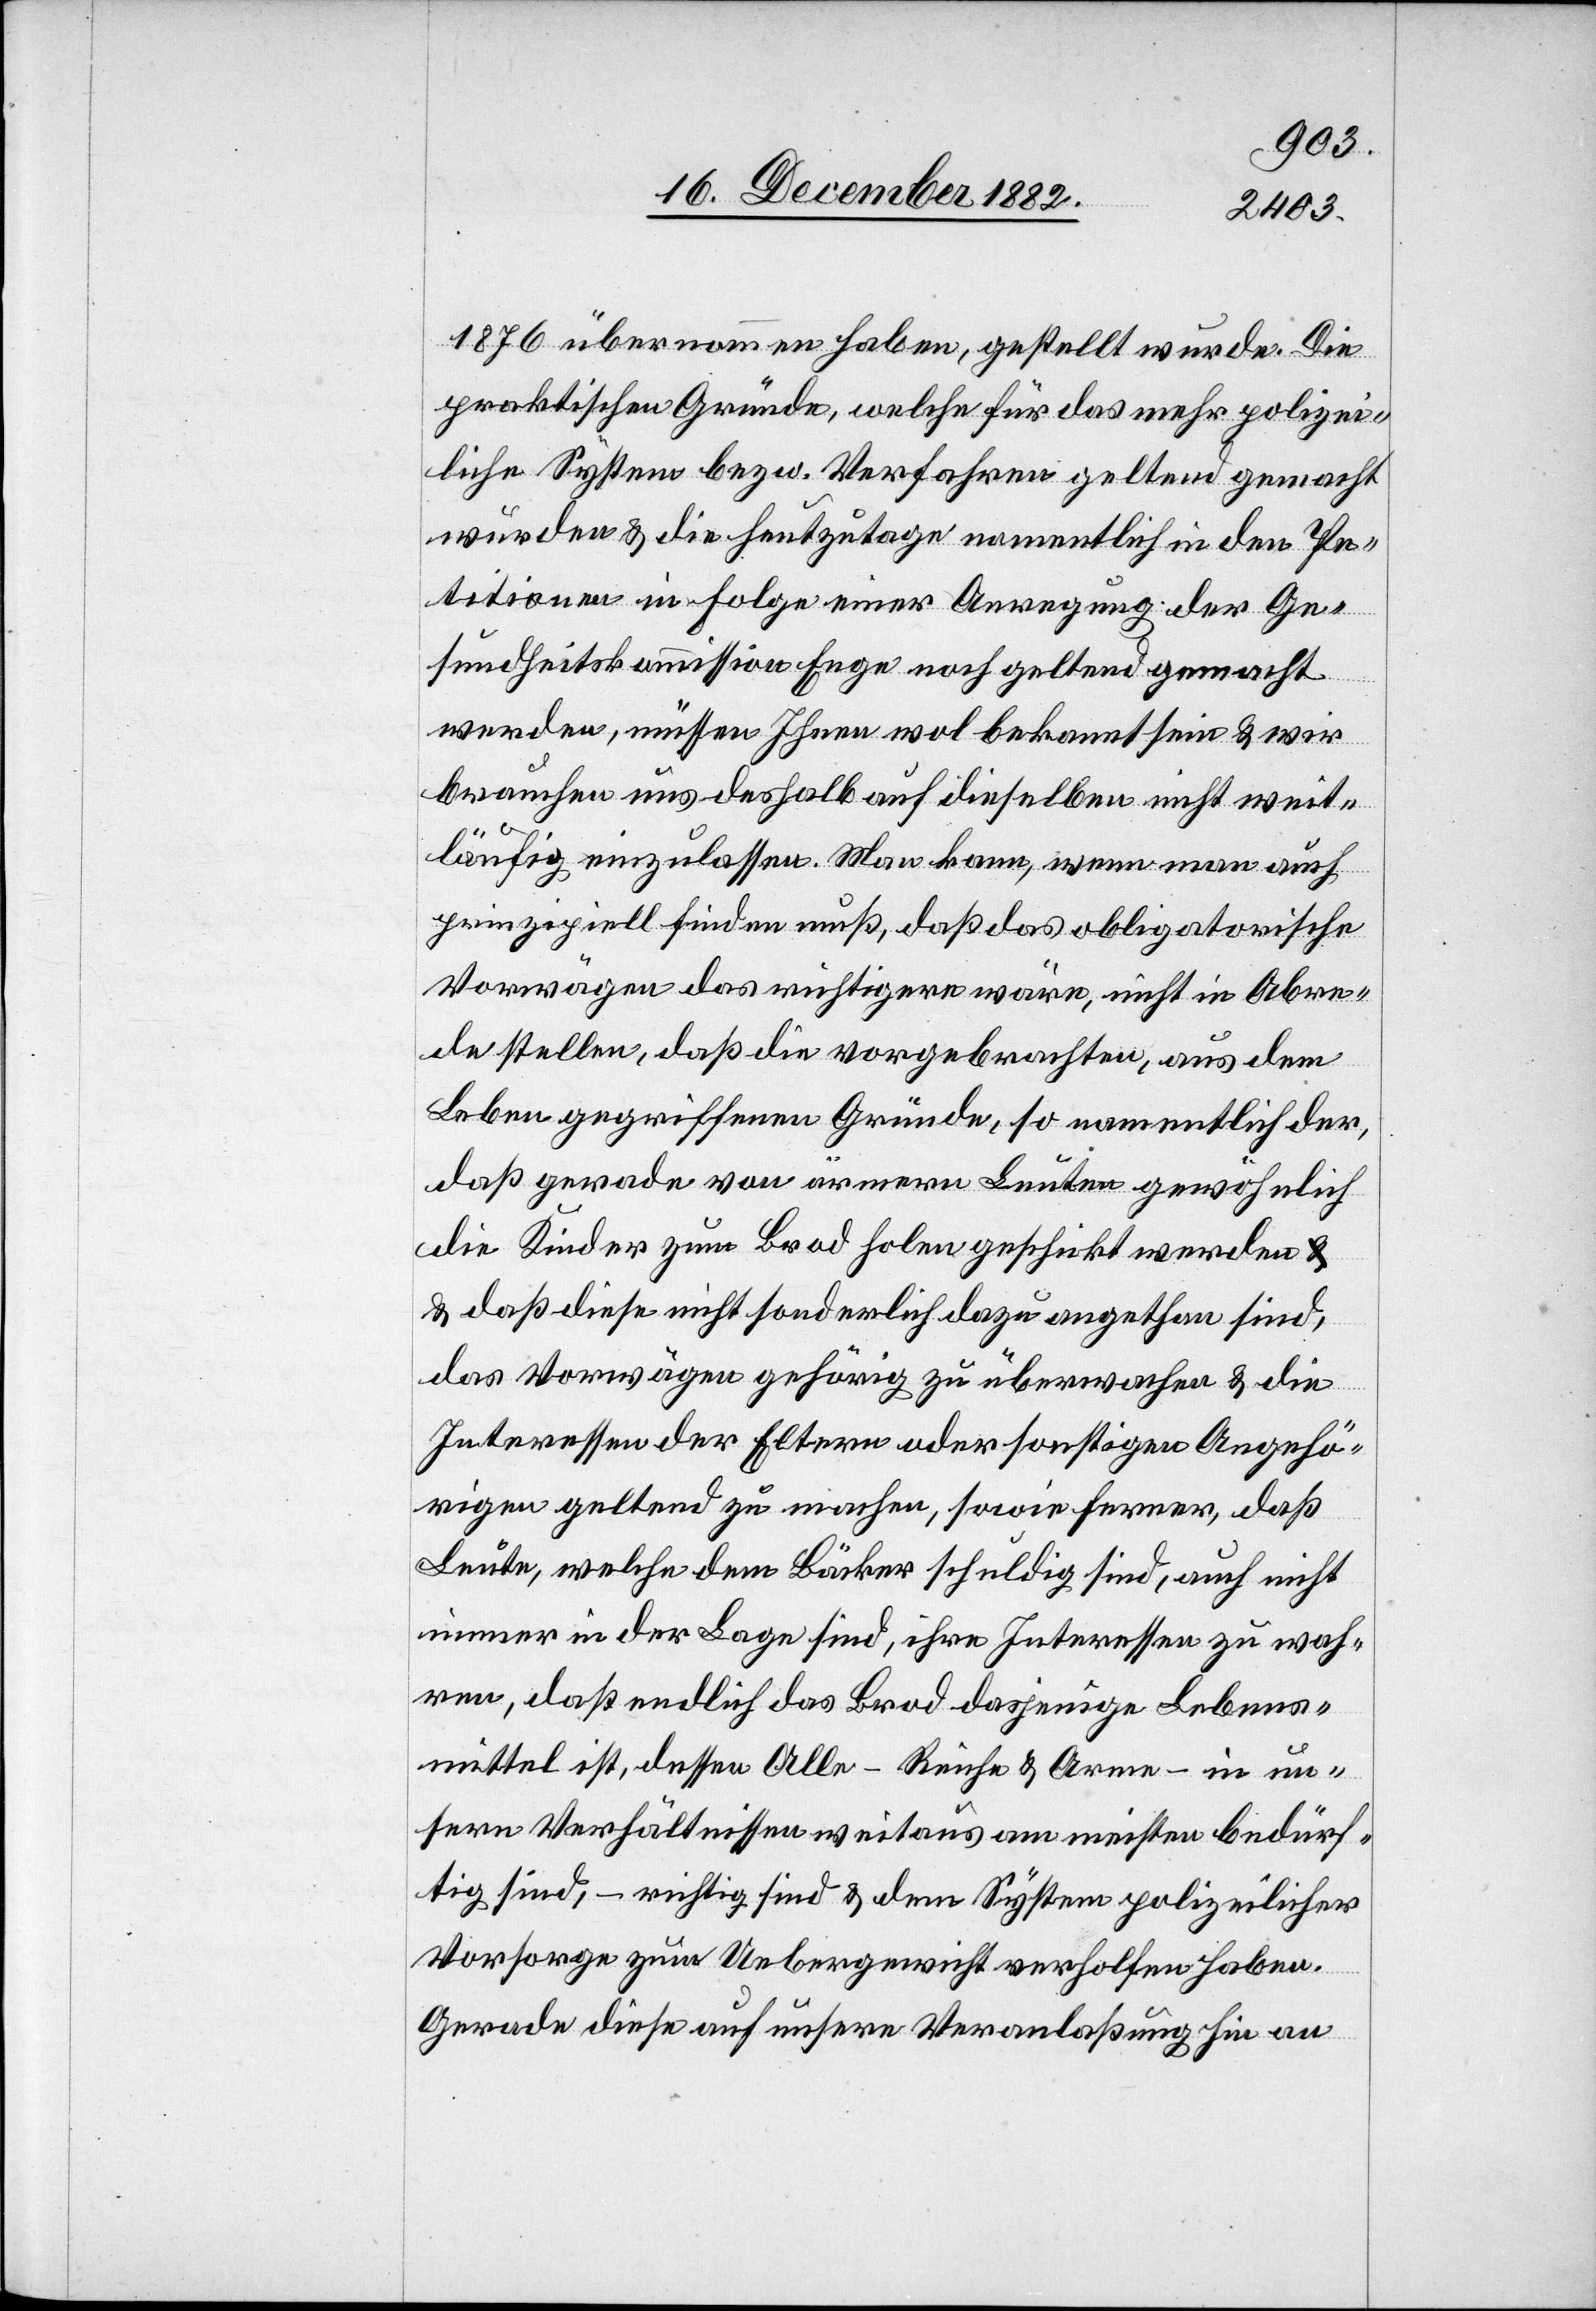
1876 übernommen haben, gestellt wurde. Die
praktischen Gründe, welche für das mehr polizei¬
liche System bezw. Verfahren geltend gemacht
wurden & die heutzutage namentlich in der Pe¬
tition in Folge einer Anregung der Ge¬
sundheitskommission Enge noch geltend gemacht
werden, müssen Ihnen wol bekannt sein & wir
brauchen uns deshalb auf dieselben nicht weit¬
läufig einzulassen. Man kann, wenn man auch
prinzipiell finden muß, daß das obligatorische
Vorwägen das richtigere wäre, nicht in Abre¬
de stellen, daß die vorgebrachten, aus dem
Leben gegriffenen Gründe, so namentlich der,
daß gerade von ärmern Leuten gewöhnlich
die Kinder zum Brod holen geschickt werden
& daß diese nicht sonderlich dazu angethan sind,
das Vorwägen gehörig zu überwachen & die
Interessen der Eltern oder sonstigen Angehö¬
rigen geltend zu machen, sowie ferner, daß
Leute, welche dem Bäcker schuldig sind, auch nicht
immer in der Lage sind, ihre Interessen zu wah¬
ren, daß endlich das Brod dasjenige Lebens¬
mittel ist, dessen Alle – Reiche & Arme – in un¬
sern Verhältnissen weitaus am meisten bedürf¬
tig sind, – richtig sind & dem System polizeilicher
Vorsorge zum Uebergewicht verholfen haben.
Gerade diese auf unsere Veranlaßung hin an